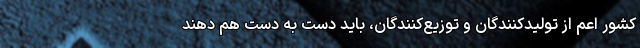
کشور اعم از تولیدکنندگان و توزیع‌کنندگان، باید دست به دست هم دهند